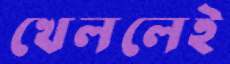
খেললেই